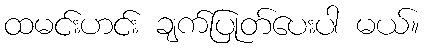
ထမင်းဟင်း ချက်ပြုတ်ပေးပါ မယ်။